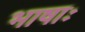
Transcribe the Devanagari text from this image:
भाषाः